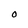
Character: O